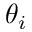
\theta _ { i }